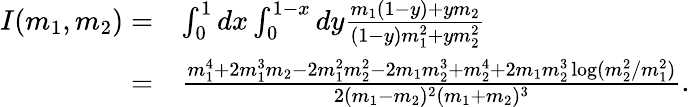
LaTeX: \begin{array}{rl}{I(m_{1},m_{2})=}&{\int_{0}^{1}dx\int_{0}^{1-x}dy\frac{m_{1}(1-y)+ym_{2}}{(1-y)m_{1}^{2}+ym_{2}^{2}}}\\ {=}&{\frac{m_{1}^{4}+2m_{1}^{3}m_{2}-2m_{1}^{2}m_{2}^{2}-2m_{1}m_{2}^{3}+m_{2}^{4}+2m_{1}m_{2}^{3}\log(m_{2}^{2}/m_{1}^{2})}{2(m_{1}-m_{2})^{2}(m_{1}+m_{2})^{3}}.}\end{array}